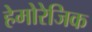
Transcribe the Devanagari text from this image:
हेमोरेजिक